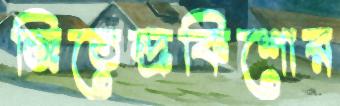
জিতেন্দ্রকিশোর